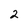
Character: 2